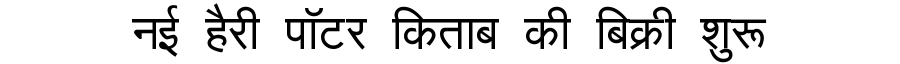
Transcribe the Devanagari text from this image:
नई हैरी पॉटर किताब की बिक्री शुरू